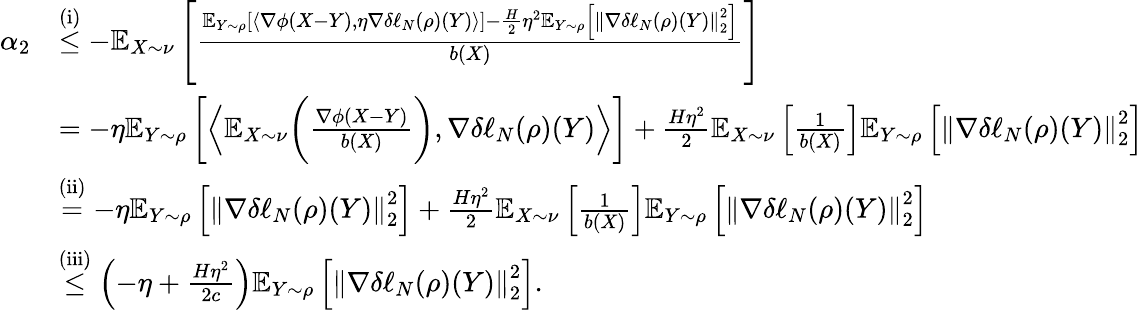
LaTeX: \begin{array}{rl}{\alpha_{2}}&{\overset{\mathrm{(i)}}{\leq}-\mathbb{E}_{X\sim\nu}\left[\frac{\mathbb{E}_{Y\sim\rho}\left[\left\langle\nabla\phi(X-Y),\eta\nabla\delta\ell_{N}(\rho)(Y)\right\rangle\right]-\frac{H}{2}\eta^{2}\mathbb{E}_{Y\sim\rho}\left[\left\Vert\nabla\delta\ell_{N}(\rho)(Y)\right\Vert_{2}^{2}\right]}{b\left(X\right)}\right]}\\ &{=-\eta\mathbb{E}_{Y\sim\rho}\left[\left\langle\mathbb{E}_{X\sim\nu}\bigg(\frac{\nabla\phi(X-Y)}{b(X)}\bigg),\nabla\delta\ell_{N}(\rho)(Y)\right\rangle\right]+\frac{H\eta^{2}}{2}\mathbb{E}_{X\sim\nu}\left[\frac{1}{b(X)}\right]\mathbb{E}_{Y\sim\rho}\left[\left\Vert\nabla\delta\ell_{N}(\rho)(Y)\right\Vert_{2}^{2}\right]}\\ &{\overset{\mathrm{(ii)}}{=}-\eta\mathbb{E}_{Y\sim\rho}\left[\left\Vert\nabla\delta\ell_{N}(\rho)(Y)\right\Vert_{2}^{2}\right]+\frac{H\eta^{2}}{2}\mathbb{E}_{X\sim\nu}\left[\frac{1}{b(X)}\right]\mathbb{E}_{Y\sim\rho}\left[\left\Vert\nabla\delta\ell_{N}(\rho)(Y)\right\Vert_{2}^{2}\right]}\\ &{\overset{\mathrm{(iii)}}{\leq}\left(-\eta+\frac{H\eta^{2}}{2c}\right)\mathbb{E}_{Y\sim\rho}\left[\left\Vert\nabla\delta\ell_{N}(\rho)(Y)\right\Vert_{2}^{2}\right].}\end{array}